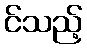
င်သည့်